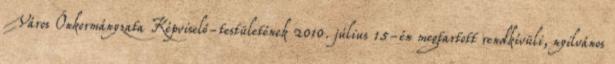
Város Önkormányzata Képviselő-testületének 2010. július 15-én megtartott rendkívüli, nyilvános